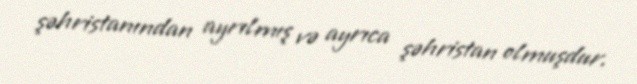
şəhristanından ayrılmış və ayrıca şəhristan olmuşdur.